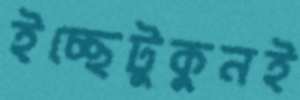
ইচ্ছেটুকুনই